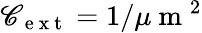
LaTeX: \mathscr{C}_{\mathrm{{~e~x~t~}}}=1/\mu\mathrm{{~m~}}^{2}